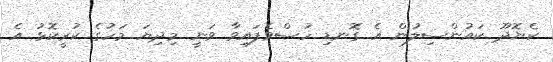
ކެޔޮދޫ ކައުންސިލުން އެ ގޮނޑި ހުސްވެފައިވާ ވަނީ މިދިޔަ މަހުގެ ކުރީކޮޅު އެ